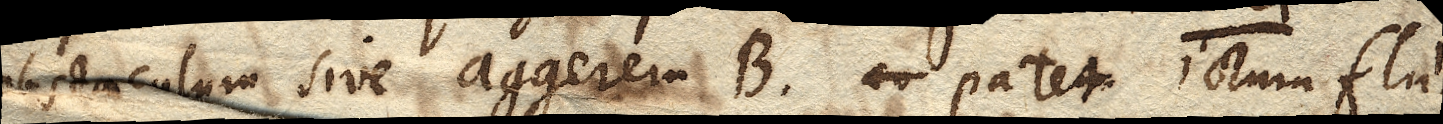
obstaculum sive aggerem B. eo patet ictum flu-